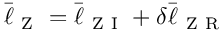
\bar { \ell } _ { \mathrm { ~ Z ~ } } = \bar { \ell } _ { \mathrm { ~ Z ~ I ~ } } + \delta \bar { \ell } _ { \mathrm { ~ Z ~ R ~ } }